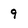
Character: 9